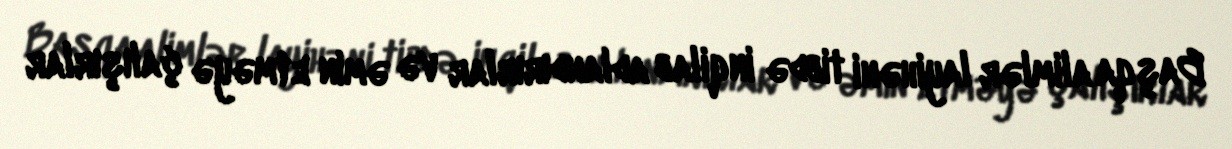
Başqa alimlər layihəni tibdə inqilab adlandırırlar və əmin etməyə çalışırlar